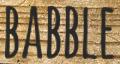
BABBLE